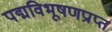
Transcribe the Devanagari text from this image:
पद्मविभूषणप्राप्त